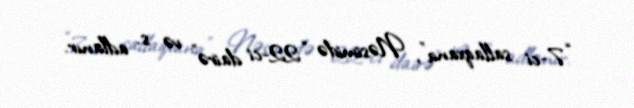
“7-ci sallaqxana”, Nəsimidə “22-ci dairə” və s. adlanır.